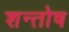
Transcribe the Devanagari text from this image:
शन्तोष